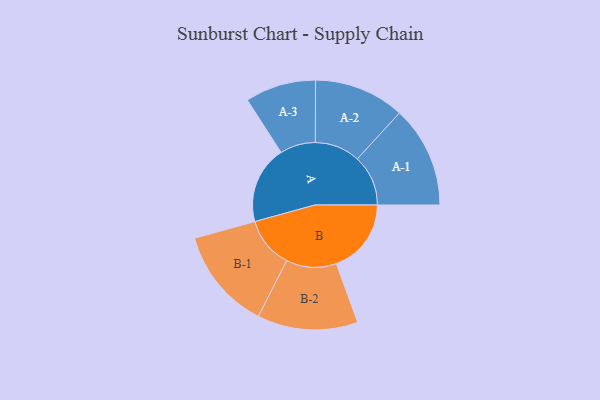
{"axis": {"x": "Segment", "y": "Value"}, "legend": ["", "A", "B"], "data": [{"x": "A", "y": 419, "type": ""}, {"x": "B", "y": 404, "type": ""}, {"x": "A-1", "y": 274, "type": "A"}, {"x": "A-2", "y": 244, "type": "A"}, {"x": "A-3", "y": 191, "type": "A"}, {"x": "B-1", "y": 275, "type": "B"}, {"x": "B-2", "y": 271, "type": "B"}]}